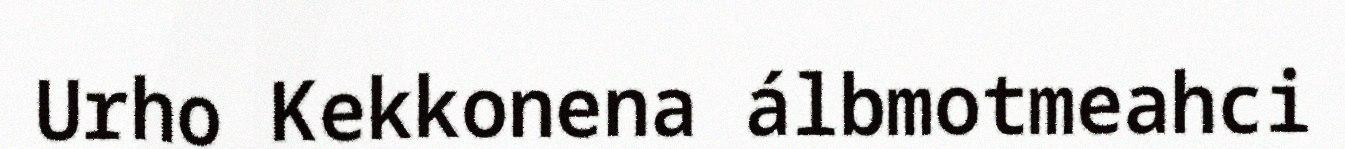
Urho Kekkonena álbmotmeahci